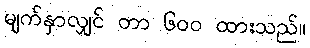
မျက်နှာလျှင် တာ ၆၀၀ ထားသည်။